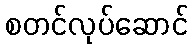
စတင်လုပ်ဆောင်